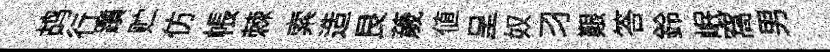
鸪行躓贮仿帳棘索造艮薉値呈奴习艱答鈴岷窩男